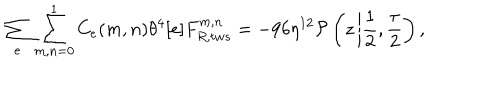
LaTeX: \sum _ { e } \sum _ { m , n = 0 } ^ { 1 } C _ { e } ( m , n ) \theta ^ { 4 } [ e ] F _ { R , t w s } ^ { m , n } = - 9 6 \eta ^ { 1 2 } { \cal P } \left( z \left| \frac { 1 } { 2 } , \frac { \tau } { 2 } \right. \right) ,